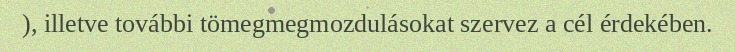
), illetve további tömegmegmozdulásokat szervez a cél érdekében.